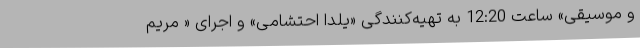
و موسیقی» ساعت 12:20 به تهیه‌کنندگی «یلدا احتشامی» و اجرای « مریم